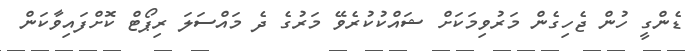
ޑެންގީ ހުން ޖެހިގެން މަރުވިމަކަށް ޝައްކުކުރެވޭ މަރުގެ ދެ މައްސަލަ ރިޕޯޓް ކޮށްފައިވާކަން